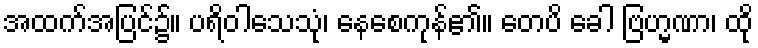
အထက်အပြင်၌။ ပရိဝါသေသုံ၊ နေစေကုန်၏။ တေပိ ခေါ ဗြဟ္မဏာ၊ ထို